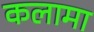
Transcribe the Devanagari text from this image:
कलामा